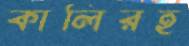
কালিরহ